Aleksander_Warma, lk 21
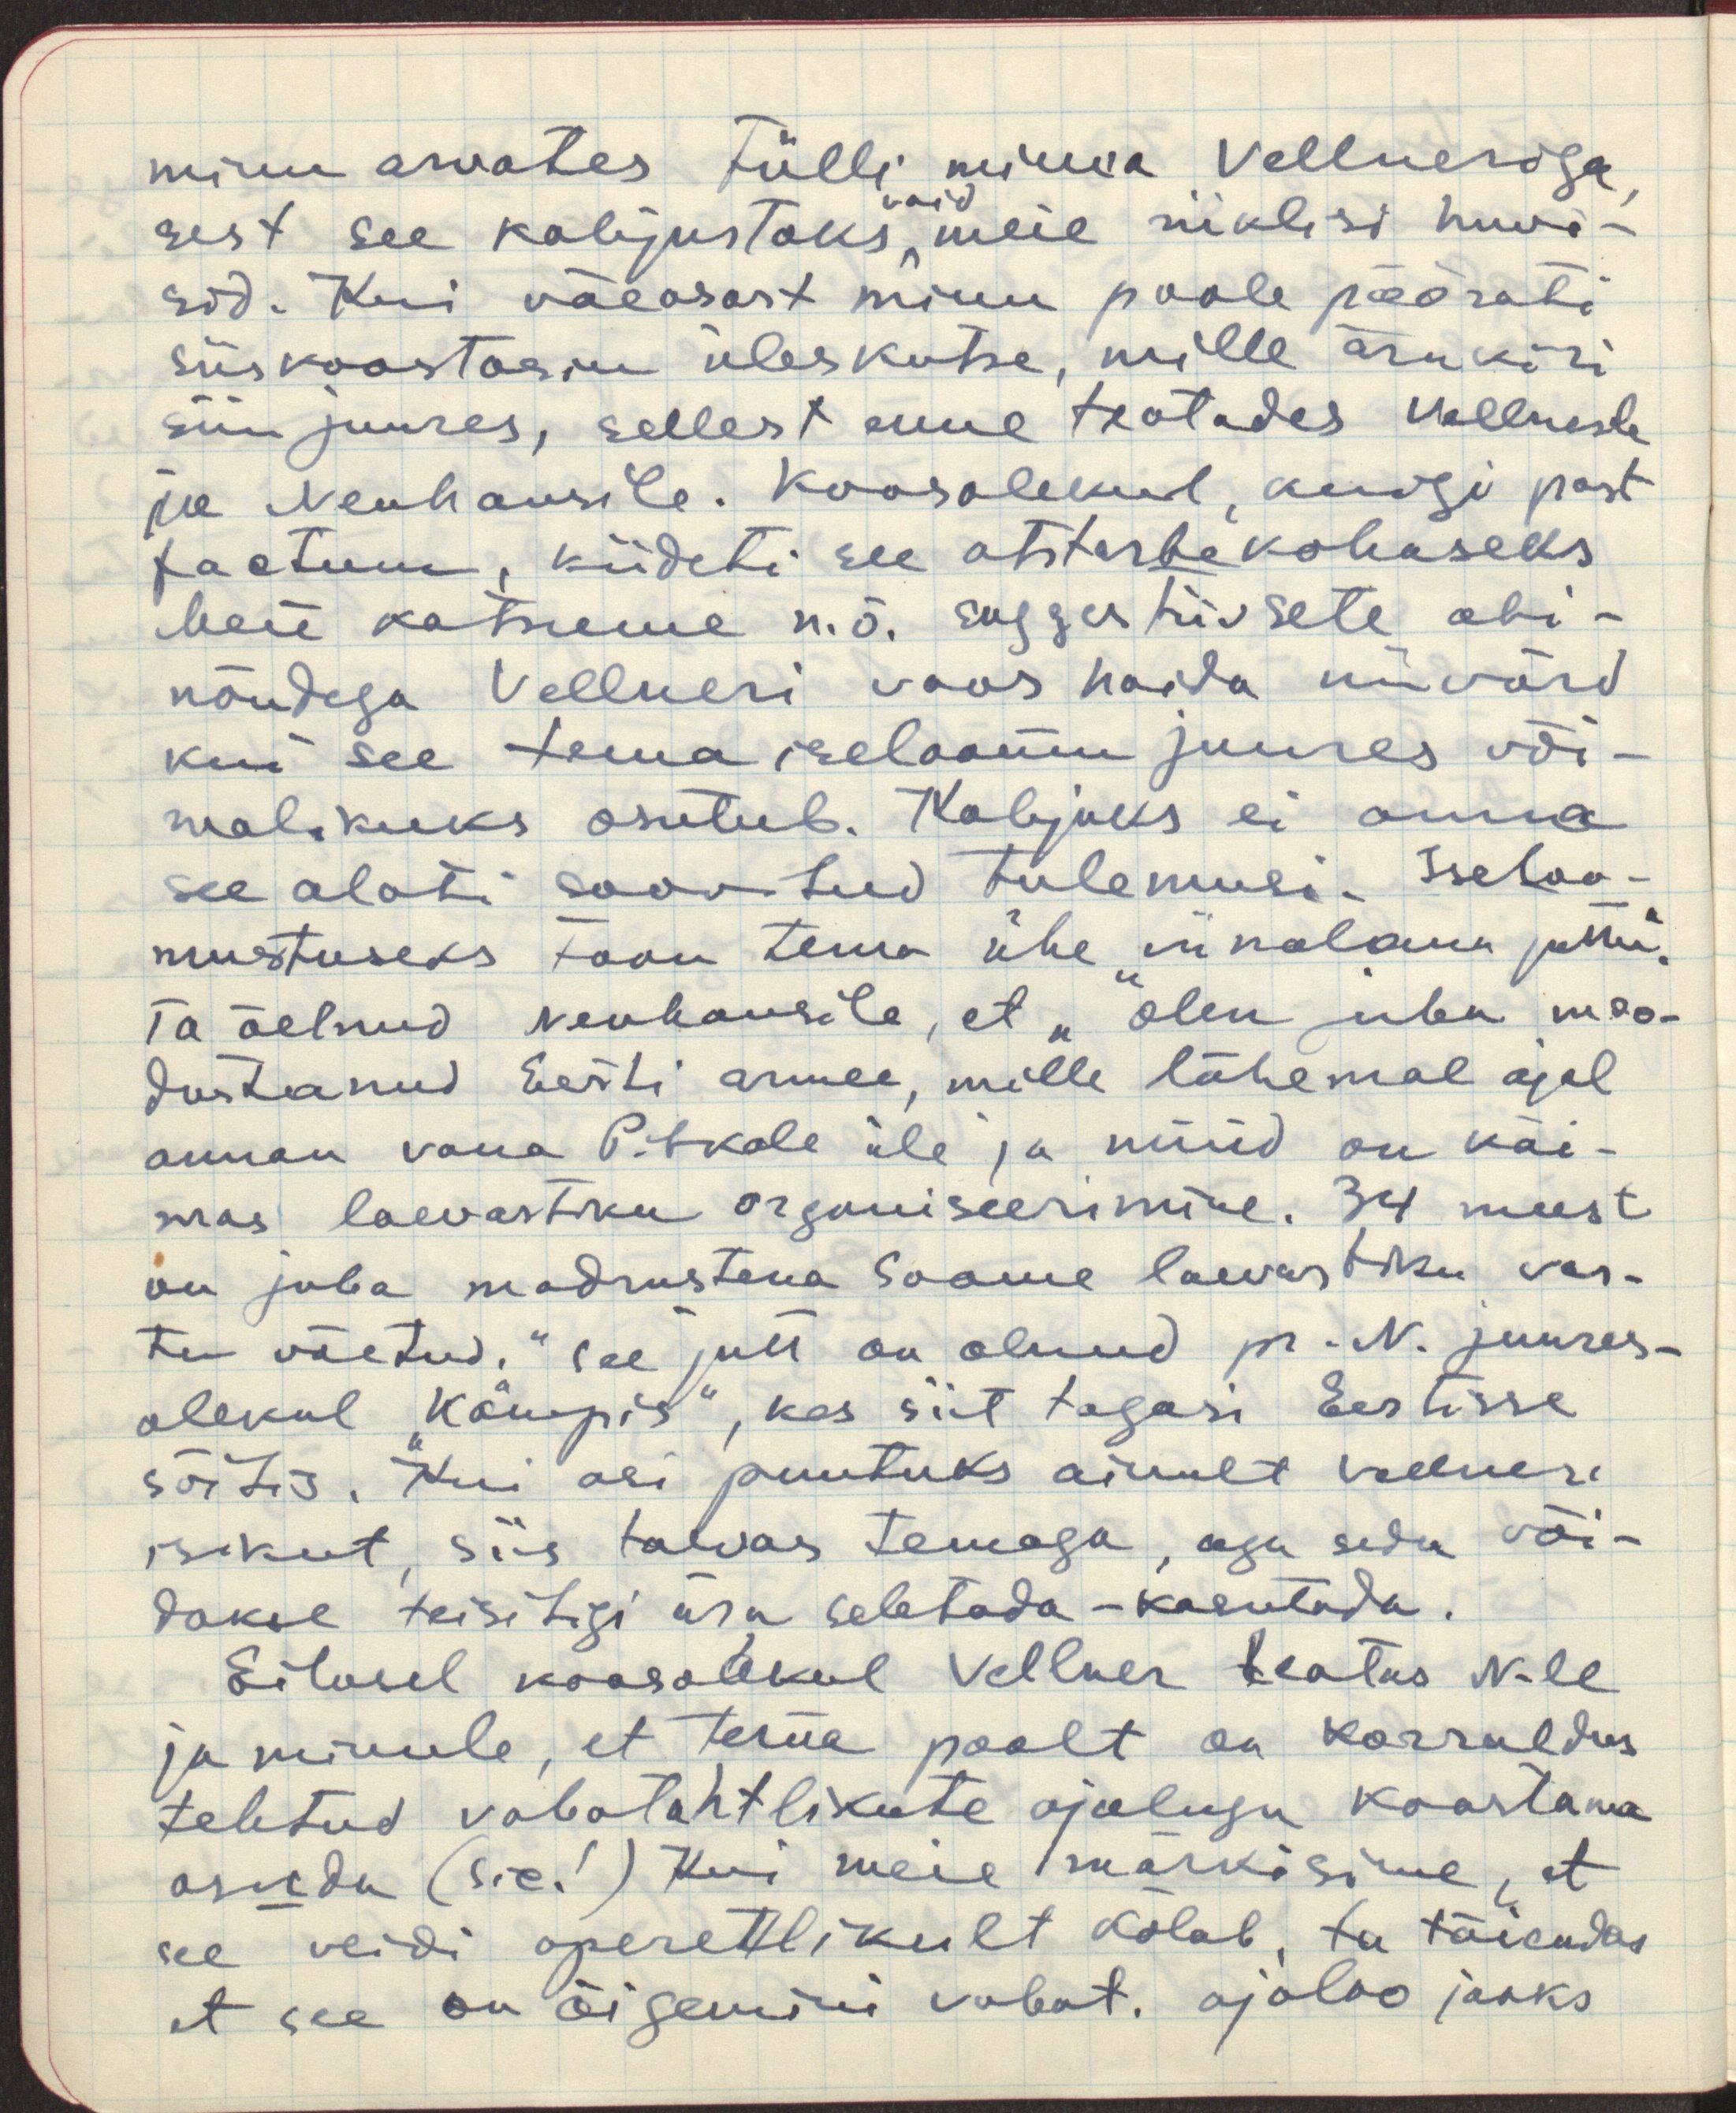
minu arvates tülli minna Vellneriga,
sest see kahjustaks vaid meie riiklisi huvi-
sid. Kui väeosast minu poole pöörati
siis koostasin üleskutse, mille ärakiri
siin juures, sellest enne teatades Vellnerile
jne Neuhausile. Koosolekul, kuigi post
factum, kiideti see otstarbekohaseks
Meie katsume n.ö. suggestiivsete abi-
nõudega Vellneri vaos hoida niivõrd
kui see tema iseloomu juures või-
malikuks osutub. Kahjuks ei anna
see alati soovitud tulemusi. Iseloo-
mustuseks toon tema ühe "viinalaua juttu". 
Ta öelnud Neuhausile, et "olen juba moo-
dustanud Eesti armee, mille lähemal ajal
annan vana Pitka üle ja nüüd on käi-
mas laevastiku organiseerimine. 34 meest
on juba madrustena Soome laevastiku vas-
tu võetud." See jutt on olnud pr. N. juures-
olekul "Kämpis", kes siit tagasi Eestisse
sõitis. Kui asi puutuks ainult Vellneri
isikut, siis taevas temaga, aga seda või-
dakse teisitigi ära seletada-kasutada.
Eilasel koosolekul Vellner teatas N-le
ja minule, et tema poolt on korraldus
tehtud vabatahtlikute ajalugu koostama
asuda (sic!) Kui meie märkisime, et
see veidi operettlikult kõlab, ta täiendas
et see on õigemini vabat. ajaloo jaoks